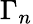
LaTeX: \Gamma_{n}